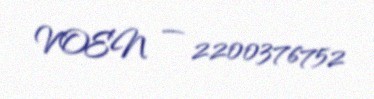
VOEN — 2200376752